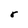
Character: r